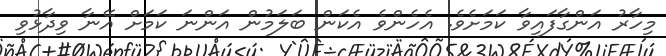
މިހާރު އަންގާފައިވާ ކަމަށެވެ. އެހެންވެ އެކަން ބަލަމުން އަންނަ ކަމަށް އޭނާ ވިދާޅުވި